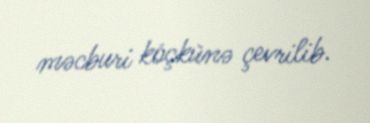
məcburi köçkünə çevrilib.